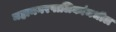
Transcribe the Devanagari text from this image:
महानगरपालिकांमधील